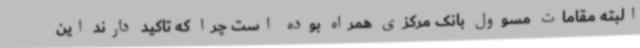
البته مقامات مسوول بانک مرکزی همراه بوده است چرا که تاکید دارند این